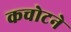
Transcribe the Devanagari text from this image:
कचोटने